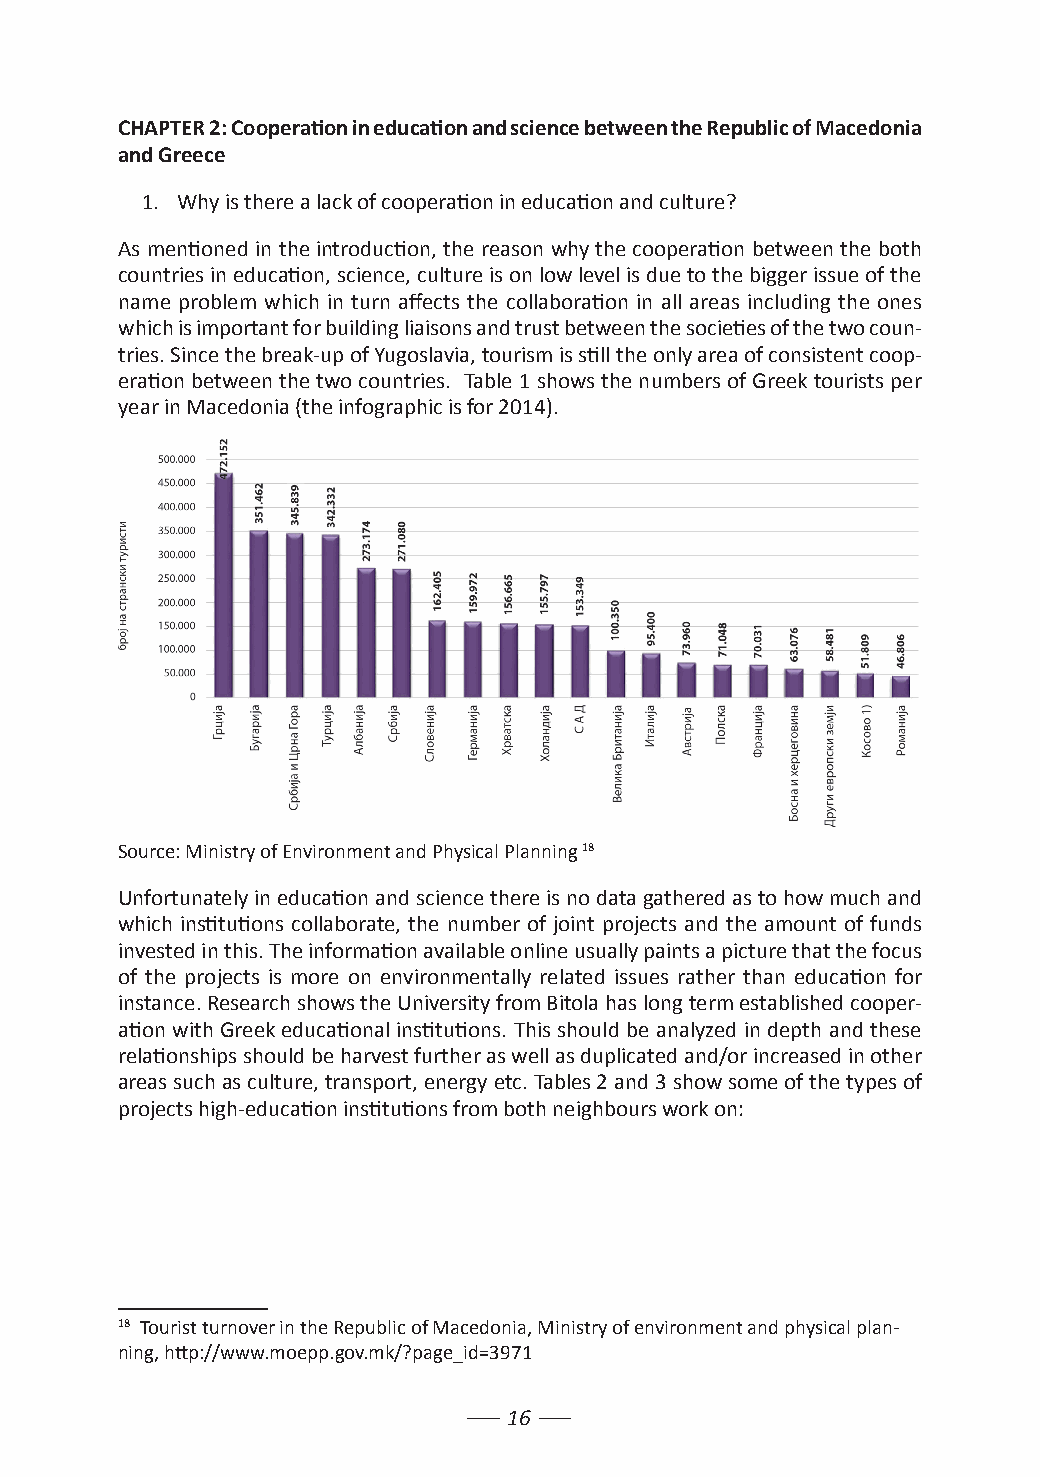
CHAPTER 2: Cooperation in education and science between the Republic of Macedonia
 and Greece
 1. Why is there a lack of cooperation in education and culture?
 As mentioned in the introduction, the reason why the cooperation between the both
 countries in education, science, culture is on low level is due to the bigger issue of the
 name problem which in turn affects the collaboration in all areas including the ones
 which is important for building liaisons and trust between the societies of the two coun-
 tries. Since the break-up of Yugoslavia, tourism is still the only area of consistent coop-
 eration between the two countries. Table 1 shows the numbers of Greek tourists per
 year in Macedonia (the infographic is for 2014).
 Source: Ministry of Environment and Physical Planning 18
 Unfortunately in education and science there is no data gathered as to how much and
 which institutions collaborate, the number of joint projects and the amount of funds
 invested in this. The information available online usually paints a picture that the focus
 of the projects is more on environmentally related issues rather than education for
 instance. Research shows the University from Bitola has long term established cooper-
 ation with Greek educational institutions. This should be analyzed in depth and these
 relationships should be harvest further as well as duplicated and/or increased in other
 areas such as culture, transport, energy etc. Tables 2 and 3 show some of the types of
 projects high-education institutions from both neighbours work on:
 18 Tourist turnover in the Republic of Macedonia, Ministry of environment and physical plan-
 ning, http://www.moepp.gov.mk/?page_id=3971
 16